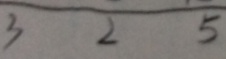
3 2 5